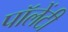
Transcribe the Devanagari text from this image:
पॉलेंटी